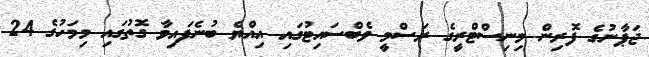
ޖަޕާނުގެ ފޮރިން މިނިސްޓްރީގެ ރަސްމީ ވެބްސައިޓުގައި އިއްޔެ ބުނެފައިވާ ގޮތުގައި މިމަހުގެ 24